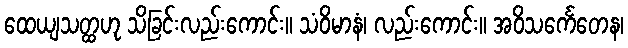
ထေယျသတ္ထဟု သိခြင်းလည်းကောင်း။ သံဝိမာနံ၊ လည်းကောင်း။ အဝိသင်္ကေတေန၊